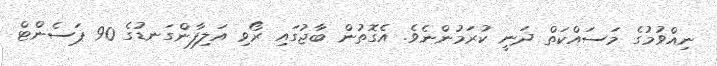
ނިއްވުމުގެ މަސައްކަތް ދަނީ ކުރަމުންނެވެ. އެގޮތުން ބާޖުގައި ރޯވި އަލިފާންގަނޑުގެ 90 ޕަސެންޓް